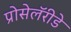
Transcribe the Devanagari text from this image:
प्रोसेलॅरीडे